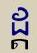
ដ្ដ